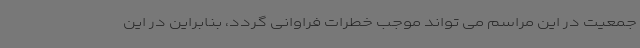
جمعیت در این مراسم می تواند موجب خطرات فراوانی گردد، بنابراین در این